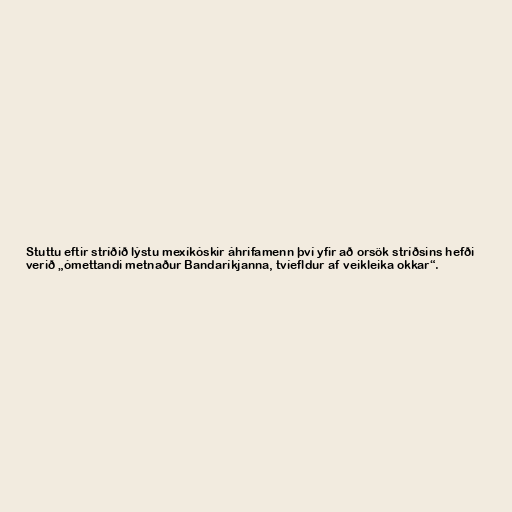
Stuttu eftir stríðið lýstu mexíkóskir áhrifamenn því yfir að orsök stríðsins hefði
verið „ómettandi metnaður Bandaríkjanna, tvíefldur af veikleika okkar“.